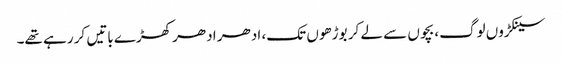
سینکڑوں لوگ، بچوں سے لے کر بوڑھوں تک، ادھر ادھر کھڑے باتیں کر رہے تھے۔